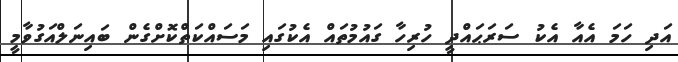
އަދި ހަމަ އެއާ އެކު ސަރަޙައްދީ ހުރިހާ ގައުމުތައް އެކުގައި މަސައްކަތްކޮށްގެން ބައިނަލްއަގުވާމީ